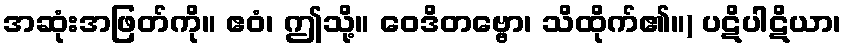
အဆုံးအဖြတ်ကို။ ဧဝံ၊ ဤသို့။ ဝေဒိတဗ္ဗော၊ သိထိုက်၏။) ပဋိပါဋိယာ၊